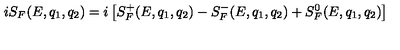
i S _ { F } ( E , q _ { 1 } , q _ { 2 } ) = i \left[ S _ { F } ^ { + } ( E , q _ { 1 } , q _ { 2 } ) - S _ { F } ^ { - } ( E , q _ { 1 } , q _ { 2 } ) + S _ { F } ^ { 0 } ( E , q _ { 1 } , q _ { 2 } ) \right]